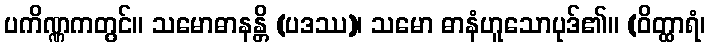
ပကိဏ္ဏကတွင်။ သမောဓာနန္တိ (ပဒဿ)၊ သမော ဓာနံဟူသောပုဒ်၏။ (ဝိတ္ထာရံ၊